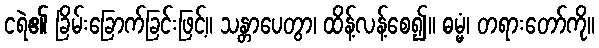
ငရဲ၏ ခြိမ်းခြောက်ခြင်းဖြင့်။ သန္တာပေတွာ၊ ထိန့်လန့်စေ၍။ ဓမ္မံ၊ တရားတော်ကို။